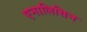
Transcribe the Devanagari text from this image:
एनालिसिन